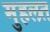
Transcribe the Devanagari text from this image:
मुहलत